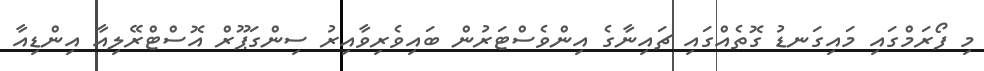
މި ފޯރަމްގައި މައިގަނޑު ގޮތެއްގައި ޗައިނާގެ އިންވެސްޓަރުން ބައިވެރިވާއިރު ސިންގަޕޫރް އޮސްޓްރޭލިއާ އިންޑިއާ